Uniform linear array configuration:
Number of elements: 12
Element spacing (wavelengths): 0.25
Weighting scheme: hamming
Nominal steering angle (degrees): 0
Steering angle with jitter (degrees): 0.7464
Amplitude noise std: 0.05
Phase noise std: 0.05

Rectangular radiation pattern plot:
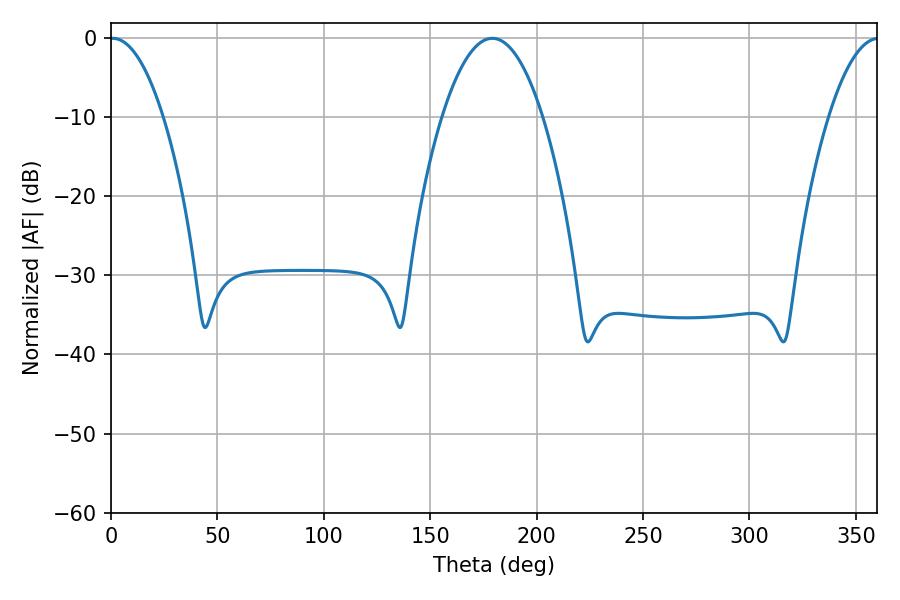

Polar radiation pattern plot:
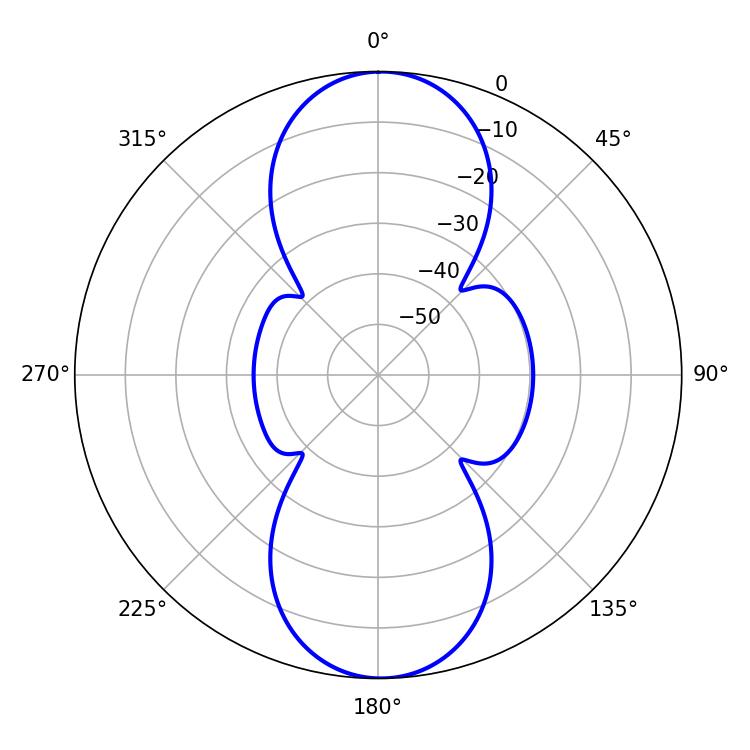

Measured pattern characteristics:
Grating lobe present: FALSE
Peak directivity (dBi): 21.316
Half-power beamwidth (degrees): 13.86
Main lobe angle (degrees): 0.9